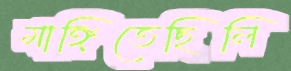
মাঙ্গিতেছিলি